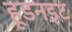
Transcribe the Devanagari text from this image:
हूडनइट